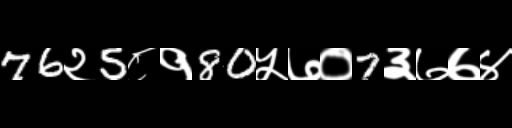
Text: 76२5८१80५७०7३७७४